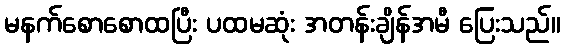
မနက်စောစောထပြီး ပထမဆုံး အတန်းချိန်အမီ ပြေးသည်။